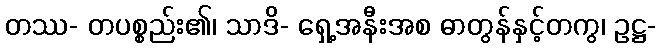
တဿ- တပစ္စည်း၏၊ သာဒိ- ရှေ့အနီးအစ ဓာတွန်နှင့်တကွ၊ ဥဋ္ဌ-